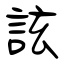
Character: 詃